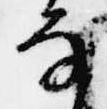
な